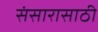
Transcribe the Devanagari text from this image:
संसारासाठी